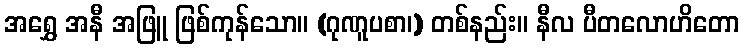
အရွှေ အနီ အဖြူ ဖြစ်ကုန်သော။ (ဂုဏူပစာ၊) တစ်နည်း။ နီလ ပီတလောဟိတော